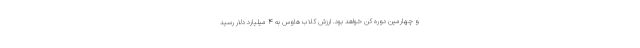
و چهارمین دوره کن خواهد بود. ارزش کلاب هاوس به 4 میلیارد دلار رسید